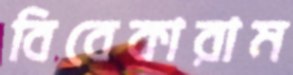
বিবেকারাম